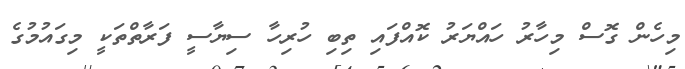
މިހެން ގޮސް މިހާރު ހައްޔަރު ކޮއްފައި ތިބި ހުރިހާ ސިޔާސީ ފަރާތްތަކީ މިގައުމުގެ